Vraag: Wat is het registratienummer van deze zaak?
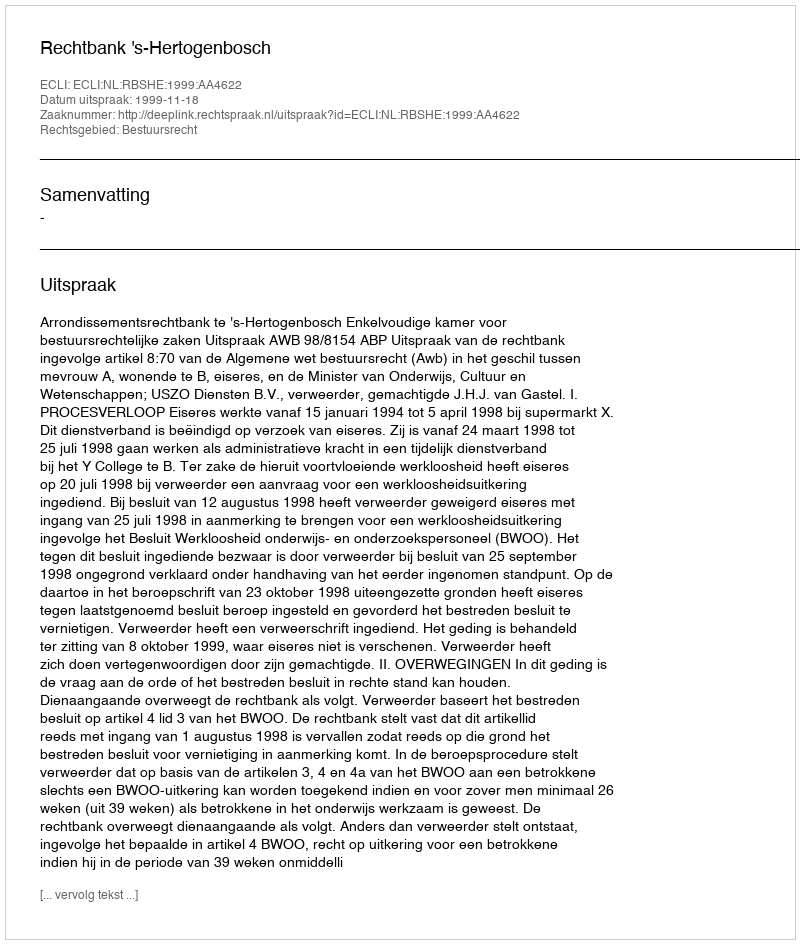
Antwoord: http://deeplink.rechtspraak.nl/uitspraak?id=ECLI:NL:RBSHE:1999:AA4622